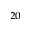
^ { 2 0 }